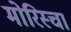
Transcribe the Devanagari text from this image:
मोरिस्चा